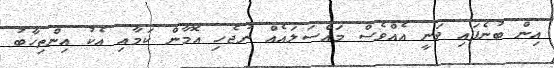
އިން ބުނެފައި ވަނީ އެއްވެސް މައްސަލައެއް ނުޖެހި އޮމާން ކަމާއި އެކު އިންތިހާބު